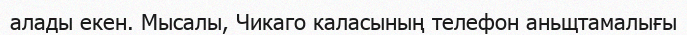
алады екен. Мысалы, Чикаго каласының телефон аньщтамалығы